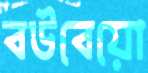
বউবেয়ো